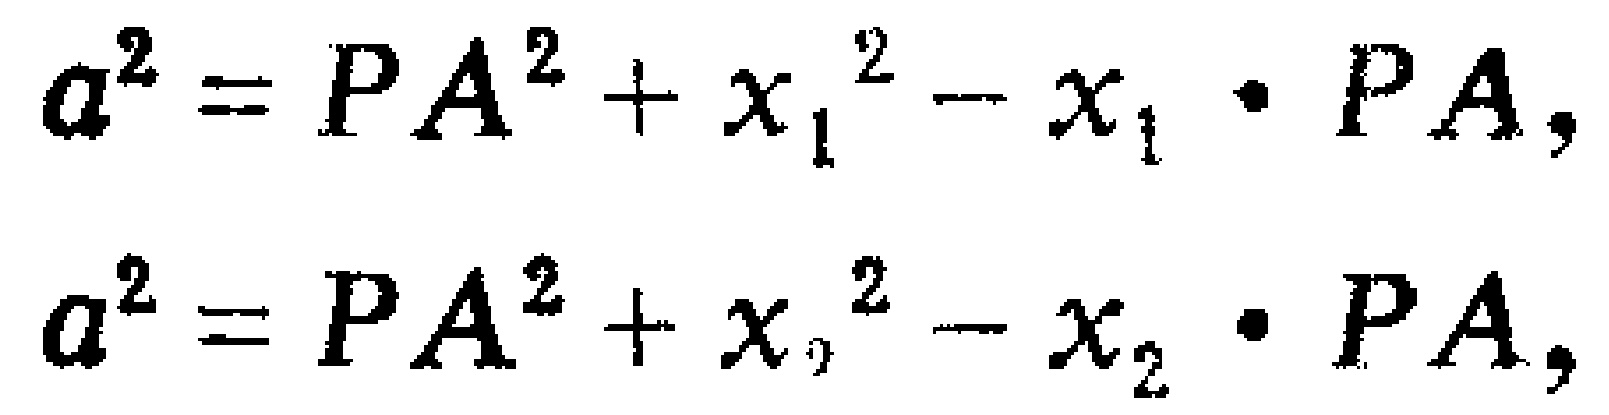
\[
\begin{align*}
a^{2}&=PA^{2}+x_{1}^{2}-x_{1}\cdot PA,\\
a^{2}&=PA^{2}+x_{2}^{2}-x_{2}\cdot PA,
\end{align*}
\]